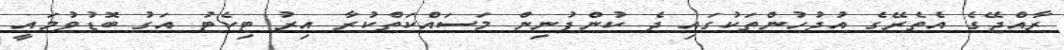
ރާއްޖޭގެ އެތެރޭގެ އުދުހުންތަކުގައި ދެ ކުންފުނިން މަސައްކަތްކުރާ އިރު ޓިކެޓު އަގު ބޮޑުވުމައީ